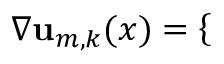
\nabla \mathbf { u } _ { m , k } ( x ) = \mathopen { } \mathclose \bgroup \left\{ \begin{array} { r l r l } \end{array} \aftergroup \egroup \right.